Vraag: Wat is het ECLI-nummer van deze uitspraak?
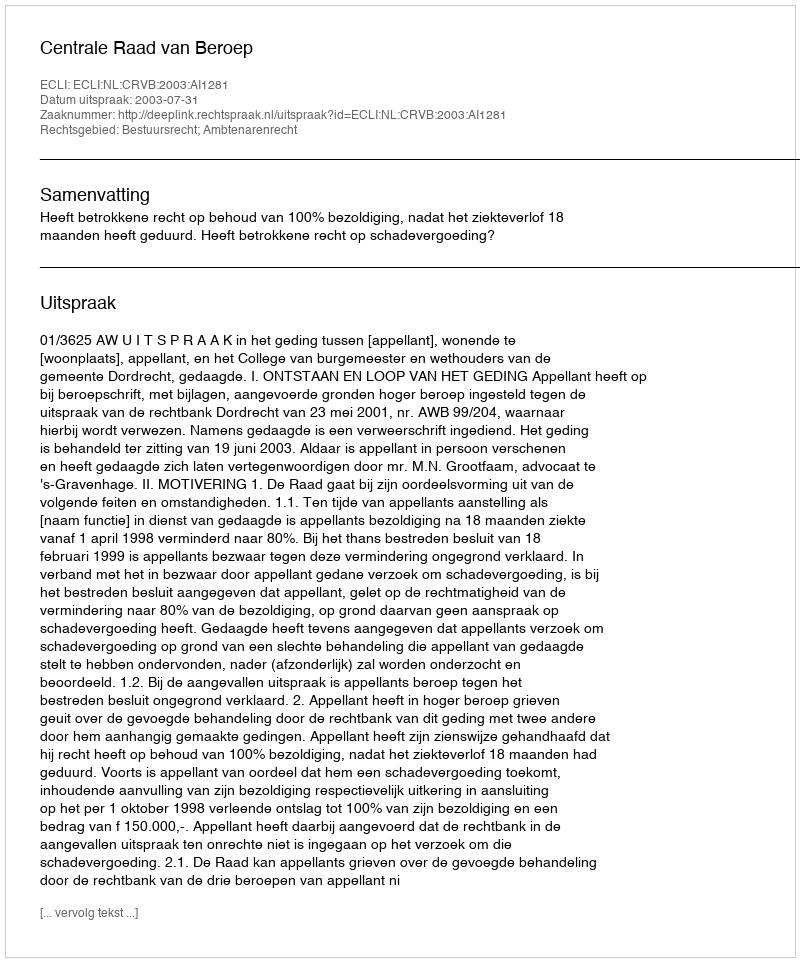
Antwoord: ECLI:NL:CRVB:2003:AI1281